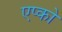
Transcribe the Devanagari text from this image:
एप्को